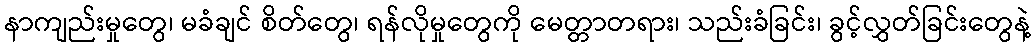
နာကျည်းမှုတွေ၊ မခံချင် စိတ်တွေ၊ ရန်လိုမှုတွေကို မေတ္တာတရား၊ သည်းခံခြင်း၊ ခွင့်လွှတ်ခြင်းတွေနဲ့